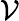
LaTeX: {\cal V}